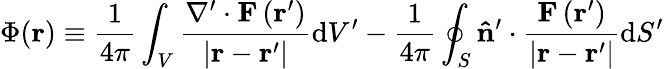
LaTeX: \Phi(\mathbf{r})\equiv{\frac{1}{4\pi}}\int_{V}{\frac{\nabla^{\prime}\cdot\mathbf{F}\left(\mathbf{r}^{\prime}\right)}{\left|\mathbf{r}-\mathbf{r}^{\prime}\right|}}\mathrm{d}V^{\prime}-{\frac{1}{4\pi}}\oint_{S}\mathbf{\hat{n}}^{\prime}\cdot{\frac{\mathbf{F}\left(\mathbf{r}^{\prime}\right)}{\left|\mathbf{r}-\mathbf{r}^{\prime}\right|}}\mathrm{d}S^{\prime}